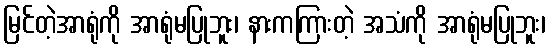
မြင်တဲ့အာရုံကို အာရုံမပြုဘူး၊ နားကကြားတဲ့ အသံကို အာရုံမပြုဘူး၊